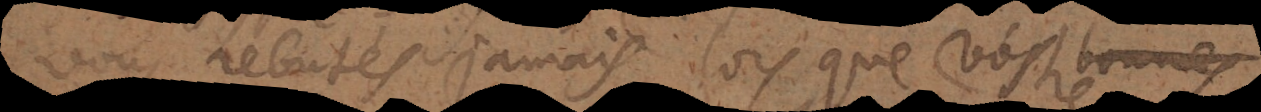
rebutés jamais lorsque vostre bonne